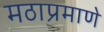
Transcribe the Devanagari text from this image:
मठाप्रमाणे